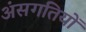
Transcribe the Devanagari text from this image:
अंसगतियों